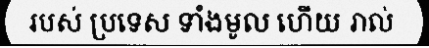
របស់ ប្រទេស ទាំងមូល ហើយ រាល់